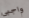
واجبى